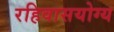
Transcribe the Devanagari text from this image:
रहिवासयोग्य